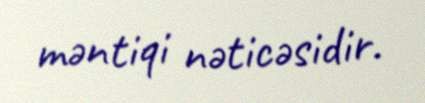
məntiqi nəticəsidir.